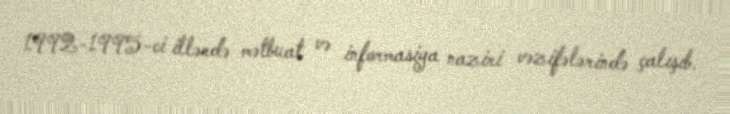
1992-1995-ci illərdə mətbuat və informasiya naziri vəzifələrində çalışıb.